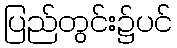
ပြည်တွင်း၌ပင်